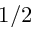
1 / 2